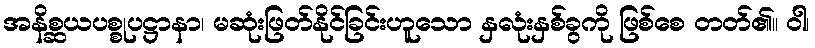
အနိစ္ဆယပစ္စုပဋ္ဌာနာ၊ မဆုံးဖြတ်နိုင်ခြင်းဟူသော နှလုံးနှစ်ခွကို ဖြစ်စေ တတ်၏။ ဝါ၊